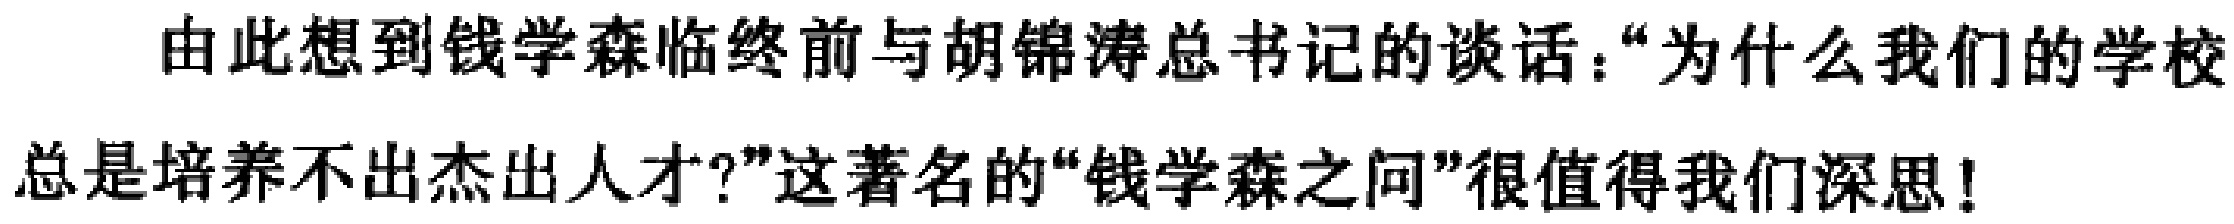
由此想到钱学森临终前与胡锦涛总书记的谈话：“为什么我们的学校总是培养不出杰出人才?”这著名的“钱学森之问”很值得我们深思!